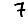
Digit: 7